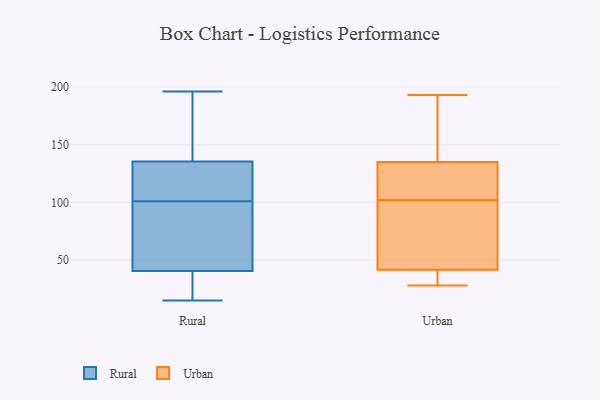
{"axis": {"x": "Headcount", "y": "Value"}, "legend": ["Rural", "Urban"], "data": [{"x": "", "y": 15, "type": "Rural"}, {"x": "", "y": 112, "type": "Rural"}, {"x": "", "y": 38, "type": "Rural"}, {"x": "", "y": 196, "type": "Rural"}, {"x": "", "y": 133, "type": "Rural"}, {"x": "", "y": 99, "type": "Rural"}, {"x": "", "y": 43, "type": "Rural"}, {"x": "", "y": 33, "type": "Rural"}, {"x": "", "y": 17, "type": "Rural"}, {"x": "", "y": 138, "type": "Rural"}, {"x": "", "y": 97, "type": "Rural"}, {"x": "", "y": 72, "type": "Rural"}, {"x": "", "y": 168, "type": "Rural"}, {"x": "", "y": 125, "type": "Rural"}, {"x": "", "y": 193, "type": "Rural"}, {"x": "", "y": 103, "type": "Rural"}, {"x": "", "y": 53, "type": "Urban"}, {"x": "", "y": 151, "type": "Urban"}, {"x": "", "y": 110, "type": "Urban"}, {"x": "", "y": 28, "type": "Urban"}, {"x": "", "y": 96, "type": "Urban"}, {"x": "", "y": 37, "type": "Urban"}, {"x": "", "y": 182, "type": "Urban"}, {"x": "", "y": 108, "type": "Urban"}, {"x": "", "y": 45, "type": "Urban"}, {"x": "", "y": 193, "type": "Urban"}, {"x": "", "y": 38, "type": "Urban"}, {"x": "", "y": 119, "type": "Urban"}]}